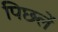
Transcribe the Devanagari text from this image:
पिछलें